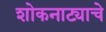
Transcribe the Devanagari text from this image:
शोकनाट्याचे